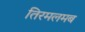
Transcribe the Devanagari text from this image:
तिरमलमब